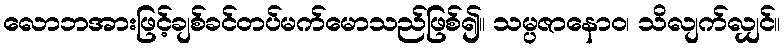
လောဘအားဖြင့်ချစ်ခင်တပ်မက်မောသည်ဖြစ်၍။ သမ္ပဇာနောဝ၊ သိလျက်လျှင်။